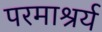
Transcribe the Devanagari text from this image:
परमाश्रर्य